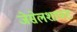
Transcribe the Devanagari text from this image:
जेसेलशाफ्ट